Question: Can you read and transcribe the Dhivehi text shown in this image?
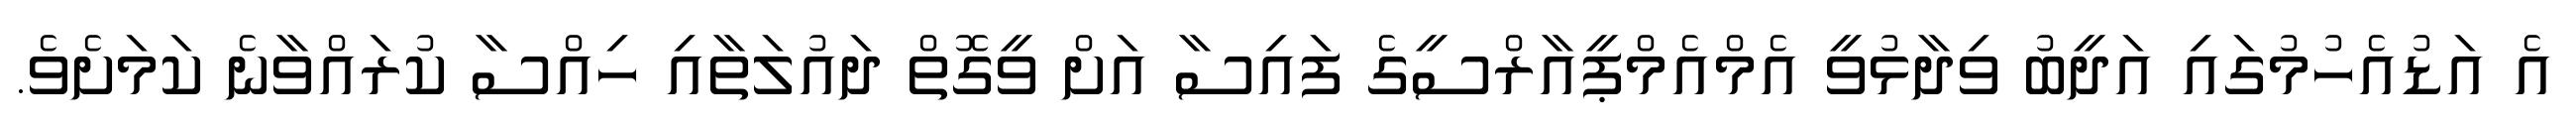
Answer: އެ އަޑުއެހުމުގައި އަދީބު ވިދާޅުވީ އެމްއެމްޕީއާރްސީގެ ފައިސާ އަށް ވީގޮތް ދައުލަތާއި ހިއްސާ ކުރައްވާނެ ކަމަށެވެ.